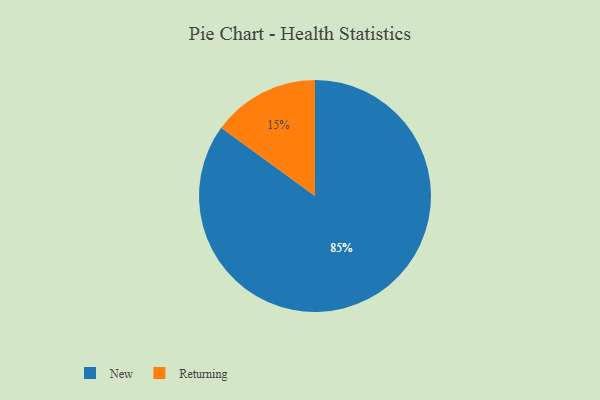
{"axis": {"x": "Category", "y": "Percentage"}, "legend": ["New", "Returning"], "data": [{"x": "Returning", "y": 15, "type": "Returning"}, {"x": "New", "y": 85, "type": "New"}]}